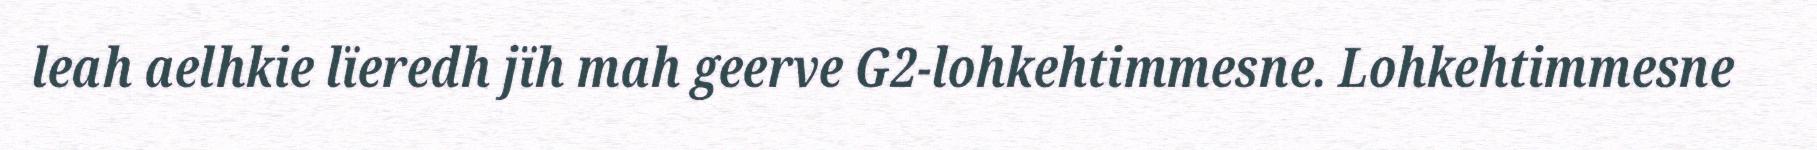
leah aelhkie lïeredh jïh mah geerve G2-lohkehtimmesne. Lohkehtimmesne